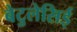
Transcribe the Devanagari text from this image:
बेटुलेसिई